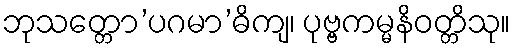
ဘုသတ္တော’ပဂမာ’ဓိကျ၊ ပုဗ္ဗကမ္မနိဝတ္တိသု။